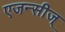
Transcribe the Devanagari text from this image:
एजन्सीज्